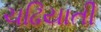
ચઢિયાતી